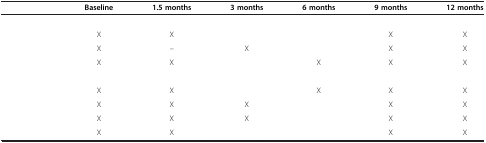
<table><thead><tr><td>[EMPTY_CELL]</td><td><b>Baseline</b></td><td><b>1.5 months</b></td><td><b>3 months</b></td><td><b>6 months</b></td><td><b>9 months</b></td><td><b>12 months</b></td></tr></thead><tbody><tr><td>[EMPTY_CELL]</td><td>[EMPTY_CELL]</td><td>[EMPTY_CELL]</td><td>[EMPTY_CELL]</td><td>[EMPTY_CELL]</td><td>[EMPTY_CELL]</td><td>[EMPTY_CELL]</td></tr><tr><td>[EMPTY_CELL]</td><td>X</td><td>X</td><td>[EMPTY_CELL]</td><td>[EMPTY_CELL]</td><td>X</td><td>X</td></tr><tr><td>[EMPTY_CELL]</td><td>X</td><td>--</td><td>X</td><td>[EMPTY_CELL]</td><td>X</td><td>X</td></tr><tr><td>[EMPTY_CELL]</td><td>X</td><td>X</td><td>[EMPTY_CELL]</td><td>X</td><td>X</td><td>X</td></tr><tr><td>[EMPTY_CELL]</td><td>[EMPTY_CELL]</td><td>[EMPTY_CELL]</td><td>[EMPTY_CELL]</td><td>[EMPTY_CELL]</td><td>[EMPTY_CELL]</td><td>[EMPTY_CELL]</td></tr><tr><td>[EMPTY_CELL]</td><td>X</td><td>X</td><td>[EMPTY_CELL]</td><td>X</td><td>X</td><td>X</td></tr><tr><td>[EMPTY_CELL]</td><td>X</td><td>X</td><td>X</td><td>[EMPTY_CELL]</td><td>X</td><td>X</td></tr><tr><td>[EMPTY_CELL]</td><td>X</td><td>X</td><td>X</td><td>[EMPTY_CELL]</td><td>X</td><td>X</td></tr><tr><td>[EMPTY_CELL]</td><td>X</td><td>X</td><td>[EMPTY_CELL]</td><td>[EMPTY_CELL]</td><td>X</td><td>X</td></tr></tbody></table>